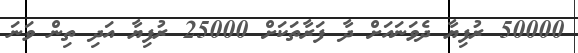
50000 ރުފިޔާ ދެވަނައަށް ދާ ފަރާތަކަށް 25000 ރުފިޔާ އަދި ތިން ވަނަ